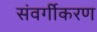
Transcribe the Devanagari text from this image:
संवर्गीकरण